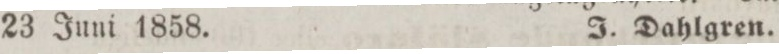
23 Juni 1858. I. Dahlgren.